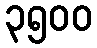
၃၅၀၀